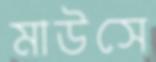
মাউসে